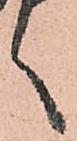
く